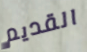
القديم